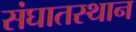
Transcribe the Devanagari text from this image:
संघातस्थान